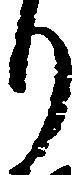
り